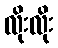
လိုးလိုး